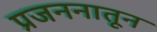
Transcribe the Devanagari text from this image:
प्रजननातून